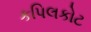
કપિલકોટ